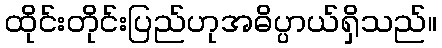
ထိုင်းတိုင်းပြည်ဟုအဓိပ္ပာယ်ရှိသည်။